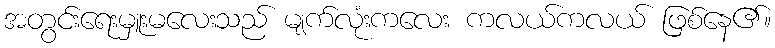
အတွင်းရေးမှူးမလေးသည် မျက်လုံးကလေး ကလယ်ကလယ် ဖြစ်နေ၏။